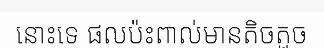
នោះទេ ផលប៉ះពាល់មានតិចតួច